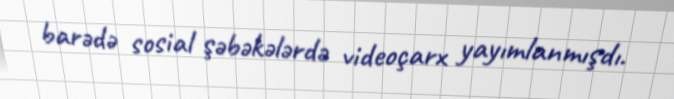
barədə sosial şəbəkələrdə videoçarx yayımlanmışdı.